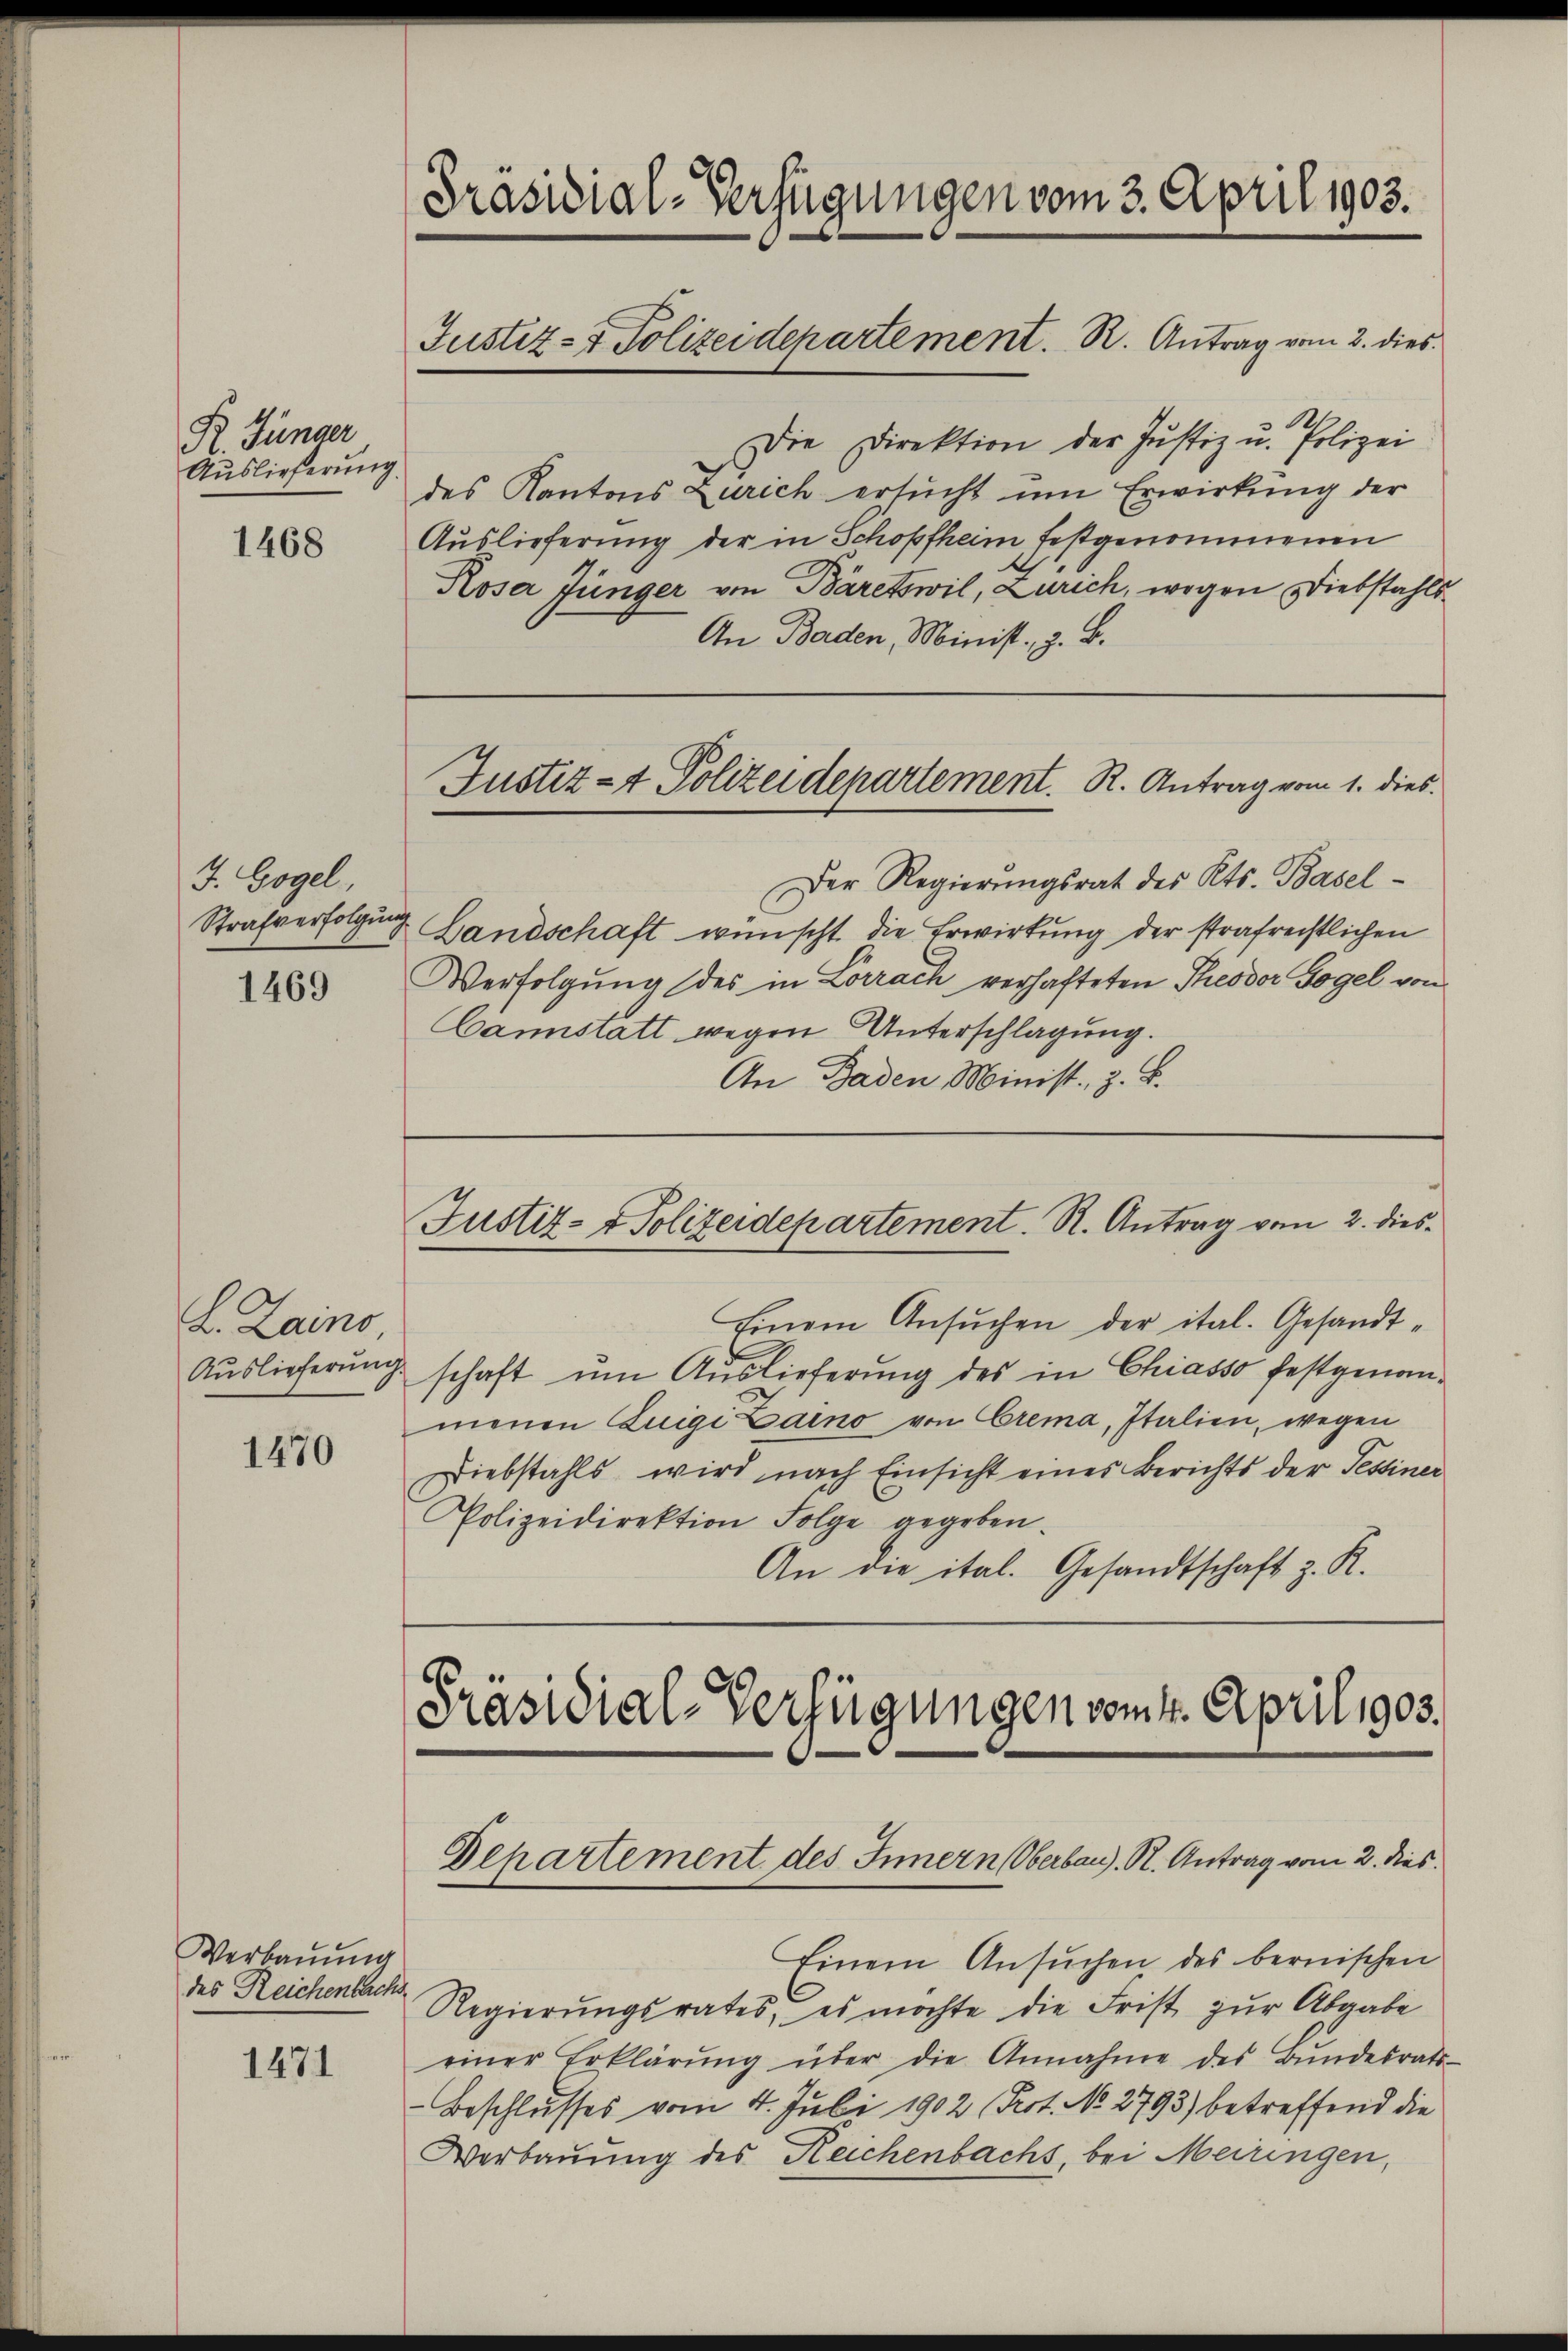
R. Jünger
Auslieferung.

1468

J. Gogel,

1469

L. Lains,

1470

Verbauung
des Reichenbachs

1471

Präsidial-Verfügungen vom 3. April 1903.
Justiz- & Polizeidepartement. R. Antrag vom 2. dies

Die Direktion der Justiz u. Polizei
des Kantons Zürich ersŭcht um Erwirkung der
Auslieferung der in Schopfheim festgenommenen
Rosa Jünger von Bäretswil, Zürich, wegen Diebstahls¬
An Baden, Minist, z. B.

Der Regierungsrat des Kts. Basel¬
Strafverfolgung Landschaft wünscht die Erwirkung der strafrechtlichen
Verfolgung des in Lörrach verhafteten Theodor Vogel von
Canstatt wegen Unterschlagung.
An Baden Minist, z. B.

Justiz- & Polizeidepartement. R. Antrag vom 1. dies

Justiz- & Polizeidepartement. R. Antrag vom 2. dies¬

Einem Ansŭchen der ital. Gesandt-
Auslieferung schaft um Auslieferung des in Chiasso festgenommenen Luigi Laino von Crema, Italien, wegen
Diebstahls wird nach Einsicht eines Berichts der Tessiner
Polizeidirektion Folge gegeben.
An die ital. Gesandtschaft z. R.

Präsidial-Verfügungen vom 4. April 1903.
Departement des Innern (Oberbau). R. Antrag vom 2. dies

Einem Ansuchen des bernischen
Regierungsrates, es möchte die Frist zur Abgabe
einer Erklärŭng über die Annahme des Bŭndesrats-
Beschlusses vom 4. Juli 1902 (Prot. No. 2793) betreffend die
Verbauung des Reichenbachs bei Meiringen,